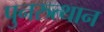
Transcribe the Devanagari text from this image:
पुनरुत्‍थान